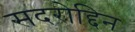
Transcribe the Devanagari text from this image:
सदरोद्दिन